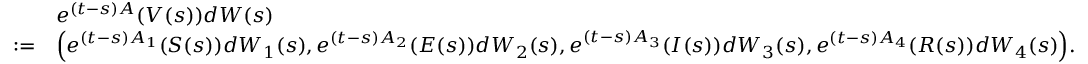
\begin{array} { r l } & { e ^ { ( t - s ) A } ( V ( s ) ) d W ( s ) } \\ { : = } & { \Bigl ( e ^ { ( t - s ) A _ { 1 } } ( S ( s ) ) d W _ { 1 } ( s ) , e ^ { ( t - s ) A _ { 2 } } ( E ( s ) ) d W _ { 2 } ( s ) , e ^ { ( t - s ) A _ { 3 } } ( I ( s ) ) d W _ { 3 } ( s ) , e ^ { ( t - s ) A _ { 4 } } ( R ( s ) ) d W _ { 4 } ( s ) \Bigr ) . } \end{array}